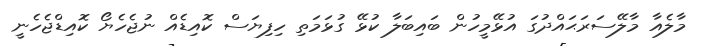
މާލެއާ މާލޭސަރަޙައްދުގަ އުޅޭމީހުން ބައިބަލާ ކުޅޭ ގުޅަމަތި ހިފިޔަސް ކޮއިޑެއް ނުޖެހެޔޯ ކޮއިޑްޖެހެނީ